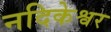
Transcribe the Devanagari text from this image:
नदिकेश्वर